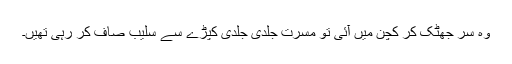
وہ سر جھٹک کر کچن میں آئی تو مسرت جلدی جلدی کپڑے سے سلیب صاف کر رہی تھیں۔